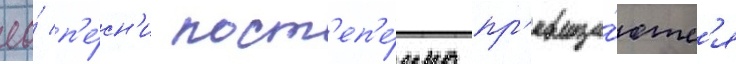
ео́ п'е́сн'и пост'еп'е́нно пр'евраща́ютс'я